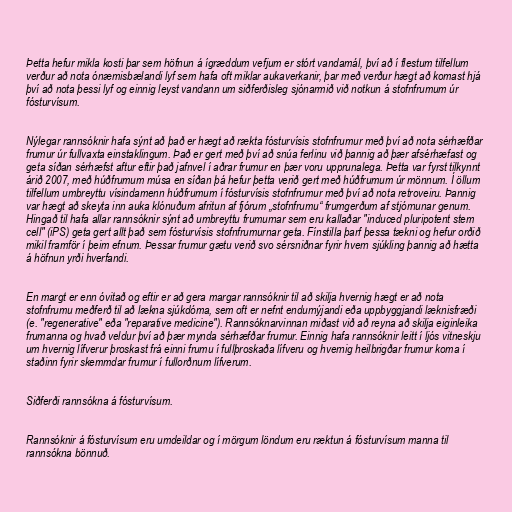
Þetta hefur mikla kosti þar sem höfnun á ígræddum vefjum er stórt vandamál, því að í flestum tilfellum
verður að nota ónæmisbælandi lyf sem hafa oft miklar aukaverkanir, þar með verður hægt að komast hjá
því að nota þessi lyf og einnig leyst vandann um siðferðisleg sjónarmið við notkun á stofnfrumum úr
fósturvísum.

Nýlegar rannsóknir hafa sýnt að það er hægt að rækta fósturvísis stofnfrumur með því að nota sérhæfðar
frumur úr fullvaxta einstaklingum. Það er gert með því að snúa ferlinu við þannig að þær afsérhæfast og
geta síðan sérhæfst aftur eftir það jafnvel í aðrar frumur en þær voru upprunalega. Þetta var fyrst tilkynnt
árið 2007, með húðfrumum músa en síðan þá hefur þetta verið gert með húðfrumum úr mönnum. Í öllum
tilfellum umbreyttu vísindamenn húðfrumum í fósturvísis stofnfrumur með því að nota retroveiru. Þannig
var hægt að skeyta inn auka klónuðum afritun af fjórum „stofnfrumu“ frumgerðum af stjórnunar genum.
Hingað til hafa allar rannsóknir sýnt að umbreyttu frumurnar sem eru kallaðar "induced pluripotent stem
cell" (iPS) geta gert allt það sem fósturvísis stofnfrumurnar geta. Fínstilla þarf þessa tækni og hefur orðið
mikil framför í þeim efnum. Þessar frumur gætu verið svo sérsniðnar fyrir hvern sjúkling þannig að hætta
á höfnun yrði hverfandi.

En margt er enn óvitað og eftir er að gera margar rannsóknir til að skilja hvernig hægt er að nota
stofnfrumu meðferð til að lækna sjúkdóma, sem oft er nefnt endurnýjandi eða uppbyggjandi læknisfræði
(e. "regenerative" eða "reparative medicine"). Rannsóknarvinnan miðast við að reyna að skilja eiginleika
frumanna og hvað veldur því að þær mynda sérhæfðar frumur. Einnig hafa rannsóknir leitt í ljós vitneskju
um hvernig lífverur þroskast frá einni frumu í fullþroskaða lífveru og hvernig heilbrigðar frumur koma í
staðinn fyrir skemmdar frumur í fullorðnum lífverum.

Siðferði rannsókna á fósturvísum.

Rannsóknir á fósturvísum eru umdeildar og í mörgum löndum eru ræktun á fósturvísum manna til
rannsókna bönnuð.